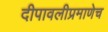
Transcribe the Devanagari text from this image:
दीपावलीप्रमाणेच